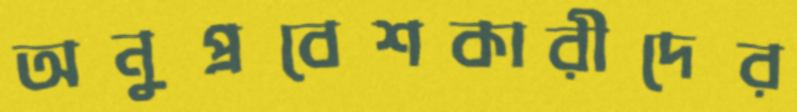
অনুপ্রবেশকারীদের